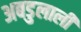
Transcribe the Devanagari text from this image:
अबडुलाली